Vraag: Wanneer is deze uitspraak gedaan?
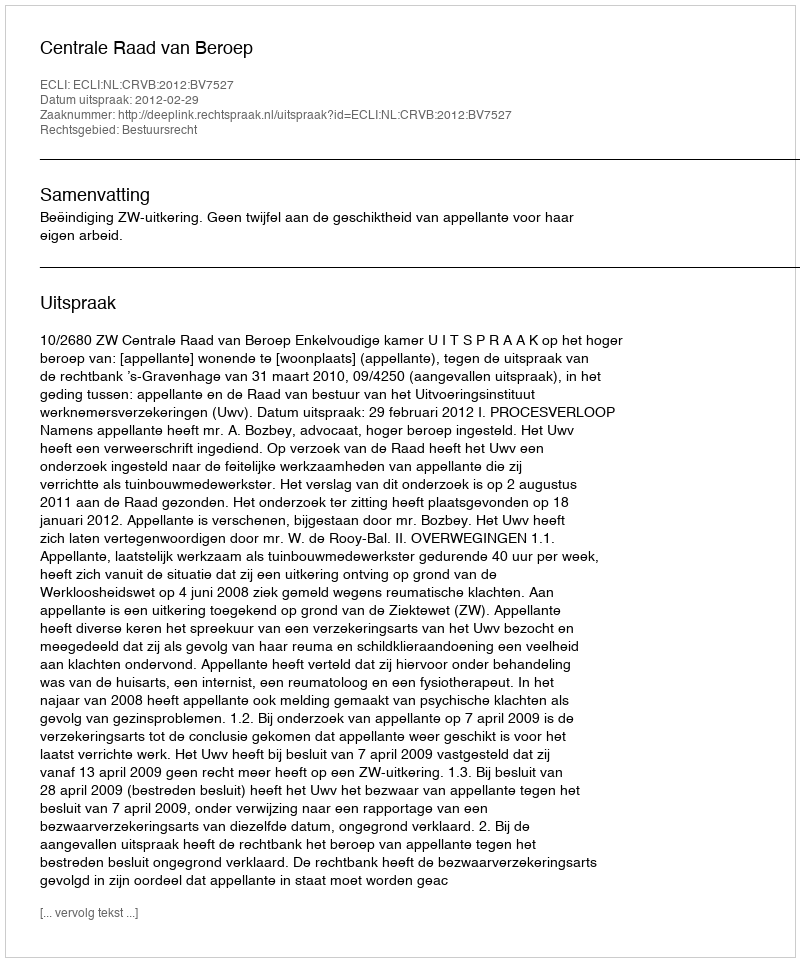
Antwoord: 2012-02-29